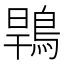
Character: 䳚